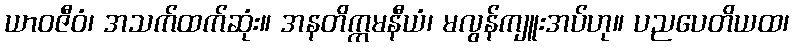
ယာဝဇီဝံ၊ အသက်ထက်ဆုံး။ အနတိက္ကမနီယံ၊ မလွန်ကျူးအပ်ဟု။ ပညပေတိယထ၊